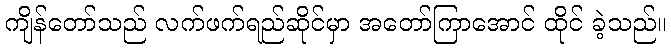
ကျိန်တော်သည် လက်ဖက်ရည်ဆိုင်မှာ အတော်ကြာအောင် ထိုင် ခဲ့သည်။